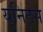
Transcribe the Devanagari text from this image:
युनिट्स